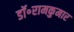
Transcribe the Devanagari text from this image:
डॉ॰रामकुमार